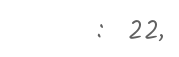
:  22